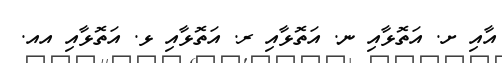
އާއި ށ. އަތޮޅާއި ނ. އަތޮޅާއި ރ. އަތޮޅާއި ޅ. އަތޮޅާއި އއ.